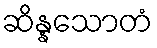
ဆိန္နသောတံ